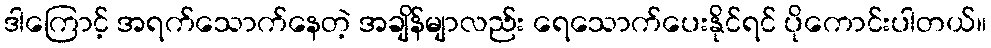
ဒါကြောင့် အရက်သောက်နေတဲ့ အချိန်မျာလည်း ရေသောက်ပေးနိုင်ရင် ပိုကောင်းပါတယ်။